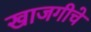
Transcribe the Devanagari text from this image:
खाजगीचे